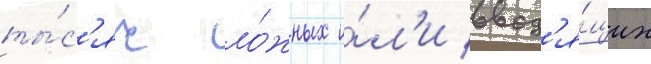
ты́с'яч ло́жных и́л'и ввод'я́щих